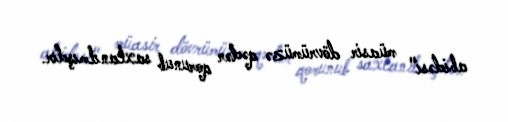
abidəsi" müasir dövrümüzə qədər qorunub saxlanılmışdır.